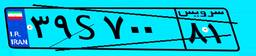
۳۹S۷۰۰۸۱